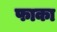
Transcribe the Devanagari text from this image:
फाका